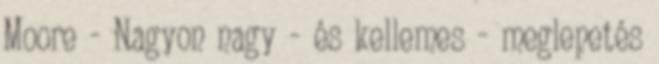
Moore - Nagyon nagy - és kellemes - meglepetés